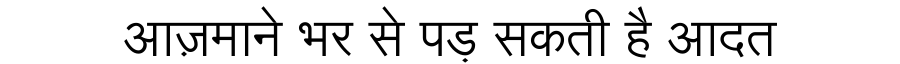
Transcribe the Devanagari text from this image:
आज़माने भर से पड़ सकती है आदत